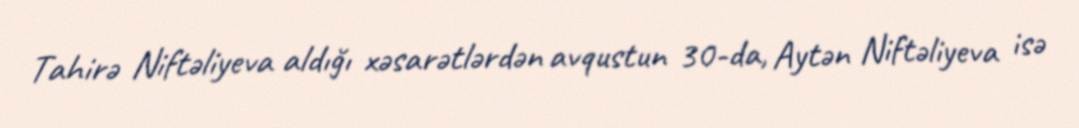
Tahirə Niftəliyeva aldığı xəsarətlərdən avqustun 30-da, Aytən Niftəliyeva isə